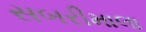
સબરીમાલા